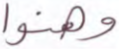
وهنوا